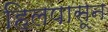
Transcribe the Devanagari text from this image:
हिलपासून